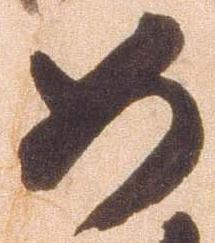
如